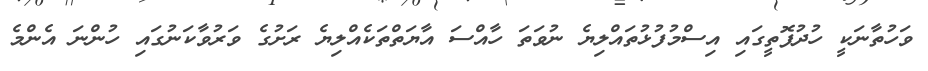
ވަހުތާނަކީ ހުދުފޮތީގައި އިސްމުފުޅުތައްލިޔެ ނުވަތަ ހާއްސަ އާޔަތްތަކެއްލިޔެ ރަށުގެ ވަރުވާކަނުގައި ހުންނަ އެންމެ